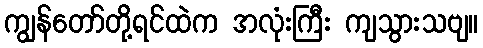
ကျွန်တော်တို့ရင်ထဲက အလုံးကြီး ကျသွားသဗျ။